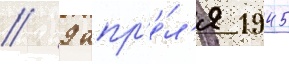
// 9 апр'е́л'я 1945